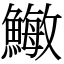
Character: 䲄